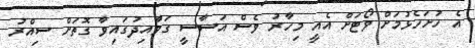
އެ ހުށަހެޅުމަށް ވޯޓަށް އެއީ މިހާރު ވެސް އަސާސީ ގަވާއިދުގައިވާ ގޮތަށް ސިއްރު